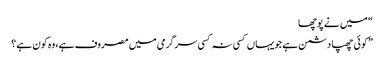
“ میں نے پوچھا
”کوئی چھپا دشمن ہے جویہاں کسی نہ کسی سرگرمی میں مصروف ہے، وہ کون ہے ؟